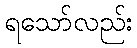
ရသော်လည်း